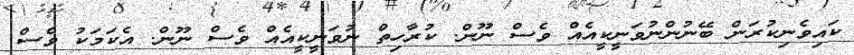
ކައިވެނިކުރަން ބޭނުންނުވަނީކީއެއް ވެސް ނޫން. ކުރާހިތް ނުވަނީކީއެއް ވެސް ނޫން. އެކަމަކު ވެސް